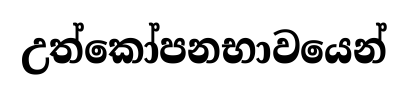
උත්කෝපනභාවයෙන්